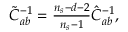
\begin{array} { r } { \tilde { C } _ { a b } ^ { - 1 } = \frac { n _ { s } - d - 2 } { n _ { s } - 1 } \hat { C } _ { a b } ^ { - 1 } , } \end{array}